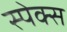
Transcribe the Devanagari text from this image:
स्पेक्स